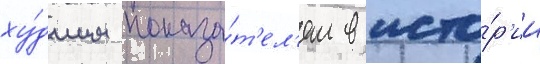
ху́дшим показа́т'ел'ем в исто́р'ии